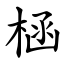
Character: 㮀